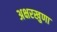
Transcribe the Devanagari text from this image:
अक्षरखुणा